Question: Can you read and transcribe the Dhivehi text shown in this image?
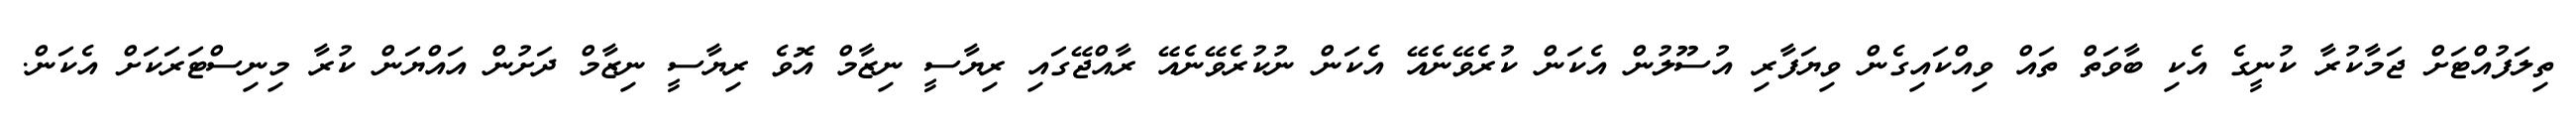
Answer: ތިލަފުއްޓަށް ޖަމާކުރާ ކުނީގެ އެކި ބާވަތް ތައް ވިއްކައިގެން ވިޔަފާރި އުސޫލުން އެކަން ކުރެވޭނެއޭ އެކަން ނުކުރެވޭނެއޭ ރާއްޖޭގައި ރިޔާސީ ނިޒާމް އޮވެ ރިޔާސީ ނިޒާމް ދަށުން އައްޔަން ކުރާ މިނިސްޓަރަކަށް އެކަން.